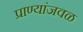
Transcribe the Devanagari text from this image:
प्राण्यांजवळ